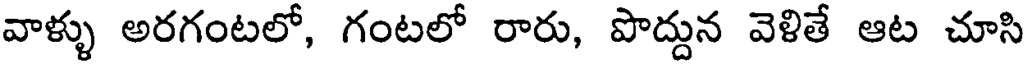
వాళ్ళు అరగంటలో, గంటలో రారు, పొద్దున వెళితే ఆట చూసి